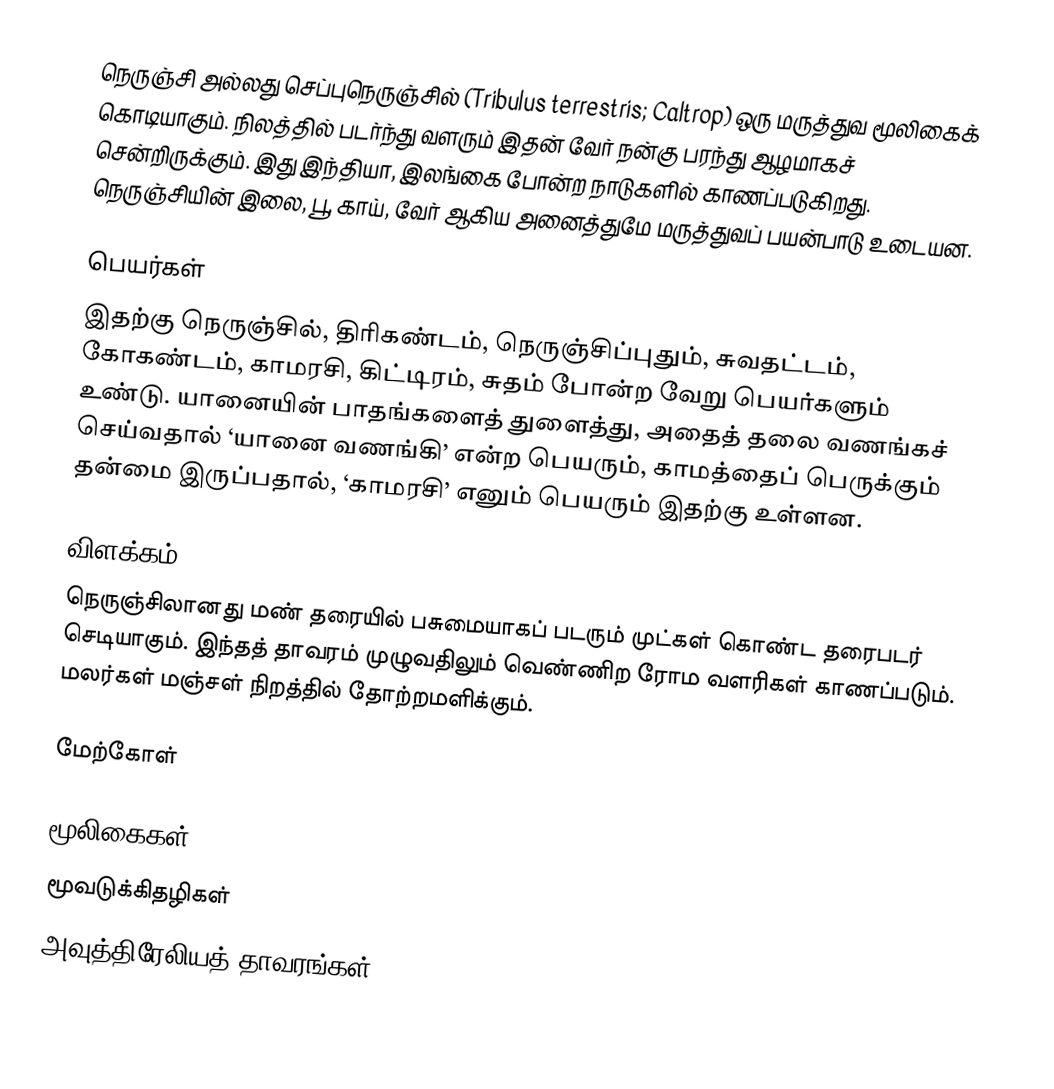
நெருஞ்சி அல்லது செப்புநெருஞ்சில் (Tribulus terrestris;  Caltrop) ஒரு மருத்துவ மூலிகைக் கொடியாகும். நிலத்தில் படர்ந்து வளரும் இதன் வேர் நன்கு பரந்து ஆழமாகச் சென்றிருக்கும். இது இந்தியா, இலங்கை போன்ற நாடுகளில் காணப்படுகிறது. நெருஞ்சியின் இலை, பூ, காய், வேர் ஆகிய அனைத்துமே மருத்துவப் பயன்பாடு உடையன.

பெயர்கள்
இதற்கு நெருஞ்சில், திரிகண்டம், நெருஞ்சிப்புதும், சுவதட்டம், கோகண்டம், காமரசி, கிட்டிரம், சுதம் போன்ற வேறு பெயர்களும் உண்டு. யானையின் பாதங்களைத் துளைத்து, அதைத் தலை வணங்கச் செய்வதால் ‘யானை வணங்கி’ என்ற பெயரும், காமத்தைப் பெருக்கும் தன்மை இருப்பதால், ‘காமரசி’ எனும் பெயரும் இதற்கு உள்ளன.

விளக்கம்
நெருஞ்சிலானது மண் தரையில் பசுமையாகப் படரும் முட்கள் கொண்ட தரைபடர் செடியாகும். இந்தத் தாவரம் முழுவதிலும் வெண்ணிற ரோம வளரிகள் காணப்படும். மலர்கள் மஞ்சள் நிறத்தில் தோற்றமளிக்கும்.

மேற்கோள்

மூலிகைகள்
மூவடுக்கிதழிகள்
அவுத்திரேலியத் தாவரங்கள்